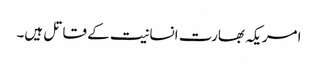
امریکہ بھارت انسانیت کے قاتل ہیں۔